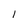
Character: l